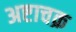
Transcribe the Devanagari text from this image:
अष्टाचक्र